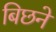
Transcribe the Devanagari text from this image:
बिछने